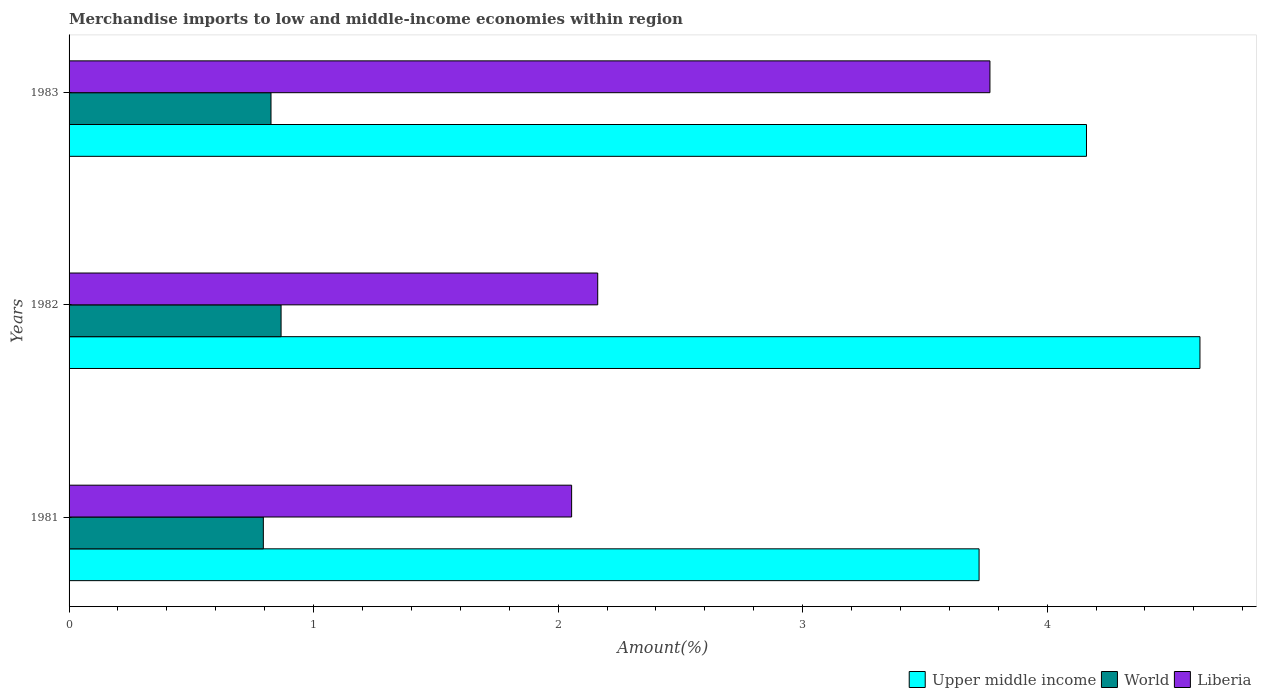
| Years | Upper middle income | World | Liberia |
 | --- | --- | --- | --- |
 | 1981 | 3.72 | 0.795 | 2.06 |
 | 1982 | 4.62 | 0.867 | 2.16 |
 | 1983 | 4.16 | 0.826 | 3.77 |